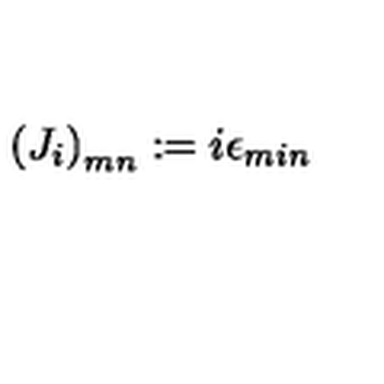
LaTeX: \left( J _ { i } \right) _ { m n } : = i \epsilon _ { m i n }